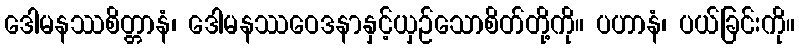
ဒေါမနဿစိတ္တာနံ၊ ဒေါမနဿဝေဒနာနှင့်ယှဉ်သောစိတ်တို့ကို။ ပဟာနံ၊ ပယ်ခြင်းကို။